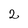
Character: 2